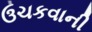
ઉચકવાની